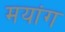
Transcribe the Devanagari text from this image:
मयांग